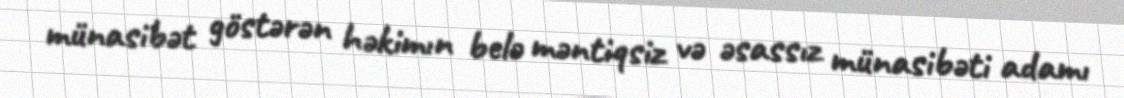
münasibət göstərən həkimın belə məntiqsiz və əsassız münasibəti adamı